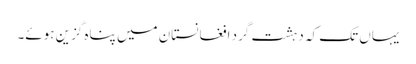
یہاں تک کہ دہشت گرد افغانستان میں پناہ گزین ہوئے۔